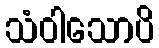
သံဝါသောပိ